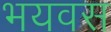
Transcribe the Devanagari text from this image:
भयवस